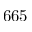
6 6 5